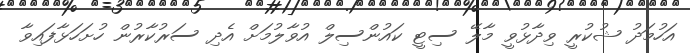
އަހުމަދު ޝުކުރީ ވިދާޅުވީ މާލޭ ސިޓީ ކައުންސިލް އުވާލުމަށް އެދި ސަރުކާރުން ހުށަހަޅާފައިވާ